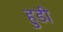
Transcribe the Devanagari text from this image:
हुडी